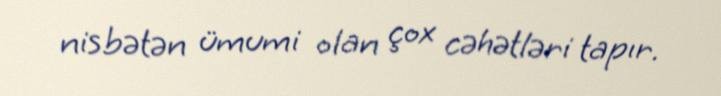
nisbətən ümumi olan çox cəhətləri tapır.